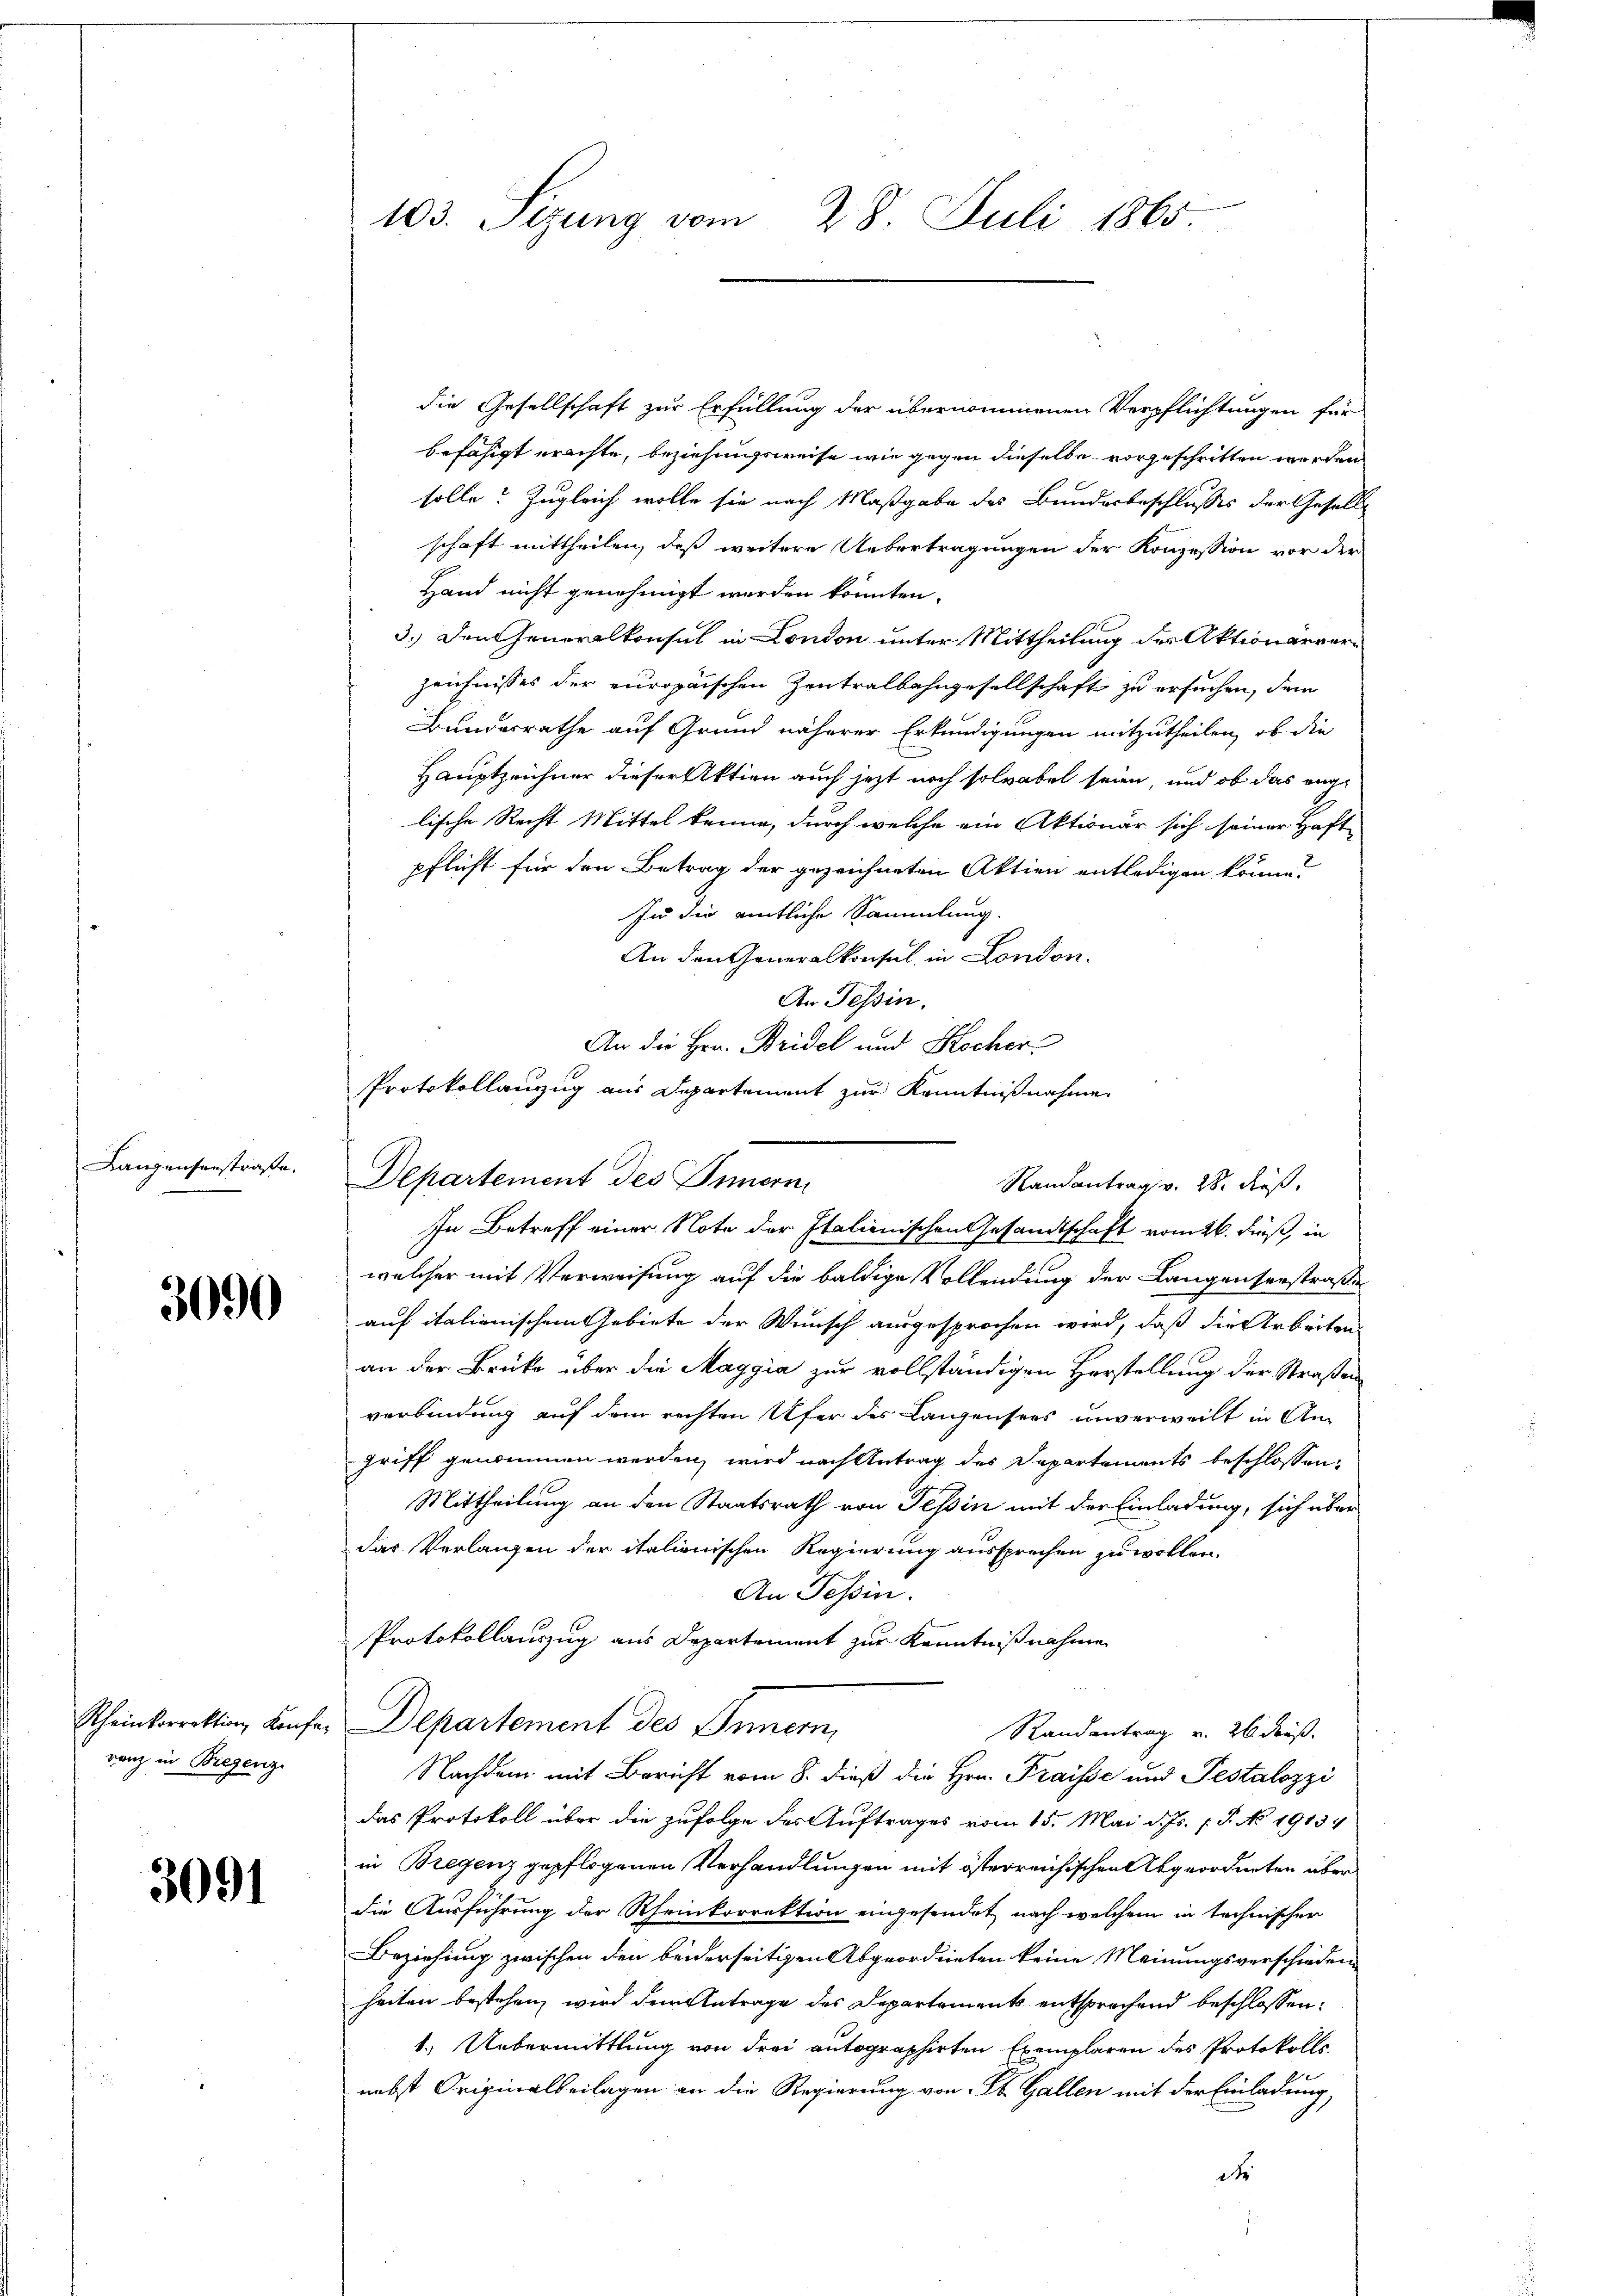
Lanzensenstraße.

3690

Rheinkorrektion Konferanz in Biegenz

3091

103. Sizung vom 28. Juli 1865.

die Gesellschaft zur Erfüllung der übernommenen Verpflichtungen für
befähigt erachte, beziehungsweise wie gegen dieselbe vorgeschritten werden
solle? Zugleich wolle sie nach Maßgabe des Bundesbeschlusses der Gesell
schaft mittheilen, daß weitere Uebertragungen der Konzession vor der
Hand nicht genehmigt werden könnten.
3.) Den Generalkonsul in London unter Mittheilung der Aktionärverzeichnisses der europaischen Zentralbahngesellschaft zu ersuchen, dem
Bundesrathe auf Grund näherer Erkundigungen mitzutheilen, ob die
Hauptzeichner dieser Aktien auch jetzt noch solvabel seien, und ob das enge
lische Recht Mittel kenne, durch welche ein Aktionar sich seiner Haft-
pflicht für den Betrag der gezeichneten Aktien entledigen könne?
In die amtliche Sammlung.
An den Generalkonsul in London.
An Tessin.
An die Hrn. Bridel und Kocher
Protokollanzug aus Departement zur Kenntnißnahme
Departement des Innern
welcher mit Verweisung auf die baldige Vollendung der Langenserstraße
auf italienischem Gebiete der Wunsch ausgesprochen wird, daß die Arbeiten
an der Brücke über die Maggia zur vollständigen Vorstellung der Straßen
verbindung auf dem rechten Ufer des Langensees unverweilt in Angriff genommen werden, wird nach Antrag des Departements beschlossen:
Mittheilung an den Staatsrath von Tessin mit der Einladung, sich über
das Verlangen der italienischen Regierung aussprechen zu wollen.
An Tessin.
Protokollauszug aus Departement zur Kenntnißnahme
Departement des Innern,
Randantrag v. 26 dieß.
Nachdem mit Bericht vom 8. dieß die Hrn. Fraisse und Pestalozzi
das Protokoll über die zufolge des Auftrages vom 15. Mai d. Js. P. No 1913
in Bregenz gepflogenen Verhandlungen mit österreichischen Abgeordneten über
die Ausführung der Rheinkorrektion eingesendet nach welchem in technischer
Beziehung zwischen den beiderseitigen Abgeordneten keine Meinungsverschieden
heiten bestehen wird dem Antrage des Departements entsprechend beschlossen:
1.) Uebermittlung von drei autographirten Exemplaren des Protokolls
nebst Originalbeilagen an die Regierung von St. Gallen mit der Einladung,
de

Randantrag v. 28. dieß.
In Betreff einer Note der Italienischen Gesandtschaft vom 26. dieß, in